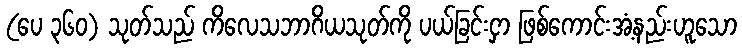
(ပေ ၃၆၀) သုတ်သည် ကိလေသဘာဂိယသုတ်ကို ပယ်ခြင်းငှာ ဖြစ်ကောင်းအံ့နည်းဟူသော